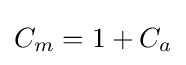
C_{m}=1+C_{a}